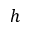
h